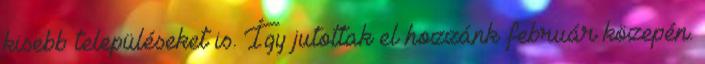
kisebb településeket is. Így jutottak el hozzánk február közepén.